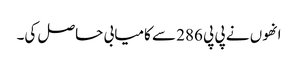
انھوں نے پی پی 286 سے کامیابی حاصل کی۔